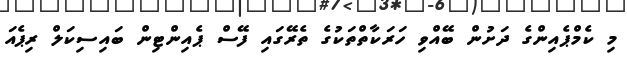
މި ކެމްޕެއިންގެ ދަށުން ބޭއްވި ހަރަކާތްތަކުގެ ތެރޭގައި ފޭސް ޕެއިންޓިން ބައިސިކަލް ރިޕެއަ